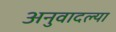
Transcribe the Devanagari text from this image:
अनुवादल्या